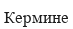
Кермине